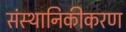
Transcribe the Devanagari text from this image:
संस्थानिकीकरण